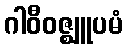
ဂါဝီဝဇ္ဈူပမံ